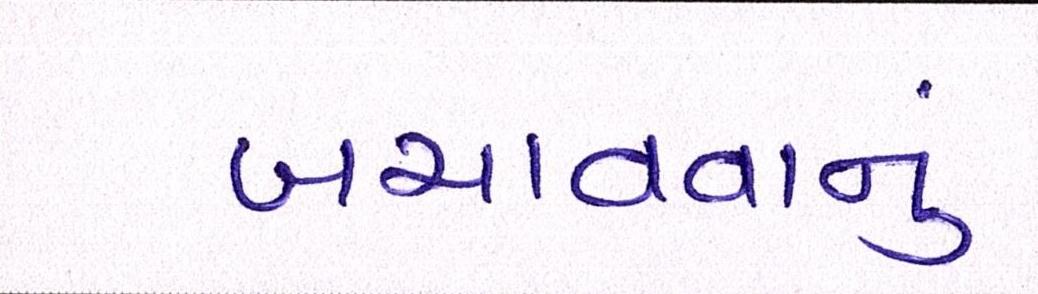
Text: બચાવવાનું